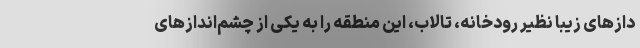
دازهای زیبا نظیر رودخانه، تالاب، این منطقه را به یکی از چشم‌اندازهای